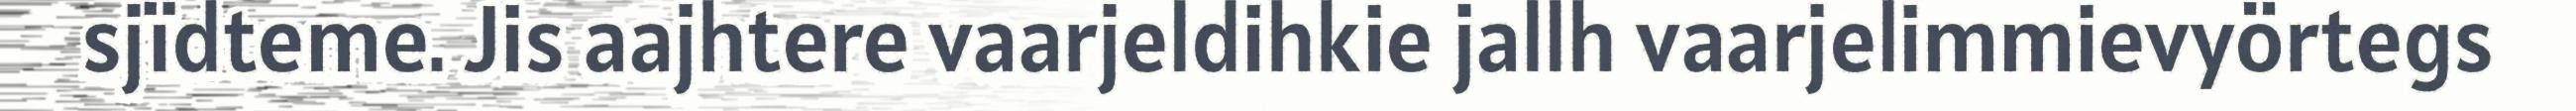
sjïdteme. Jis aajhtere vaarjeldihkie jallh vaarjelimmievyörtegs